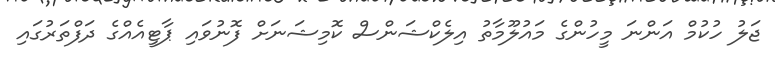
ޖަލު ހުކުމް އަންނަ މީހުންގެ މައުލޫމާތު އިލެކްޝަންސް ކޮމިޝަނަށް ފޮނުވައި ޕާޓީއެއްގެ ދަފްތަރުގައި